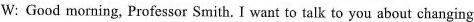
W: Good morning, Professor Smith. I want to talk to you about changing